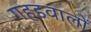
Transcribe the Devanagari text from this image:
गहडवालों